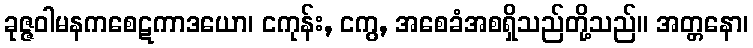
ခုဇ္ဇဝါမနကစေဋကာဒယော၊ ငကုန်း, ငကွ, အစေခံအစရှိသည်တို့သည်။ အတ္တနော၊